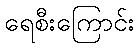
ရေစီးကြောင်း